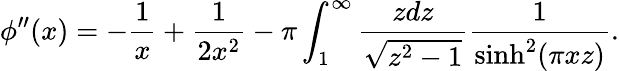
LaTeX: \phi^{\prime\prime}(x)=-\frac{1}{x}+\frac{1}{2x^{2}}-\pi\int_{1}^{\infty}\frac{zdz}{\sqrt{z^{2}-1}}\frac{1}{\sinh^{2}(\pi xz)}.